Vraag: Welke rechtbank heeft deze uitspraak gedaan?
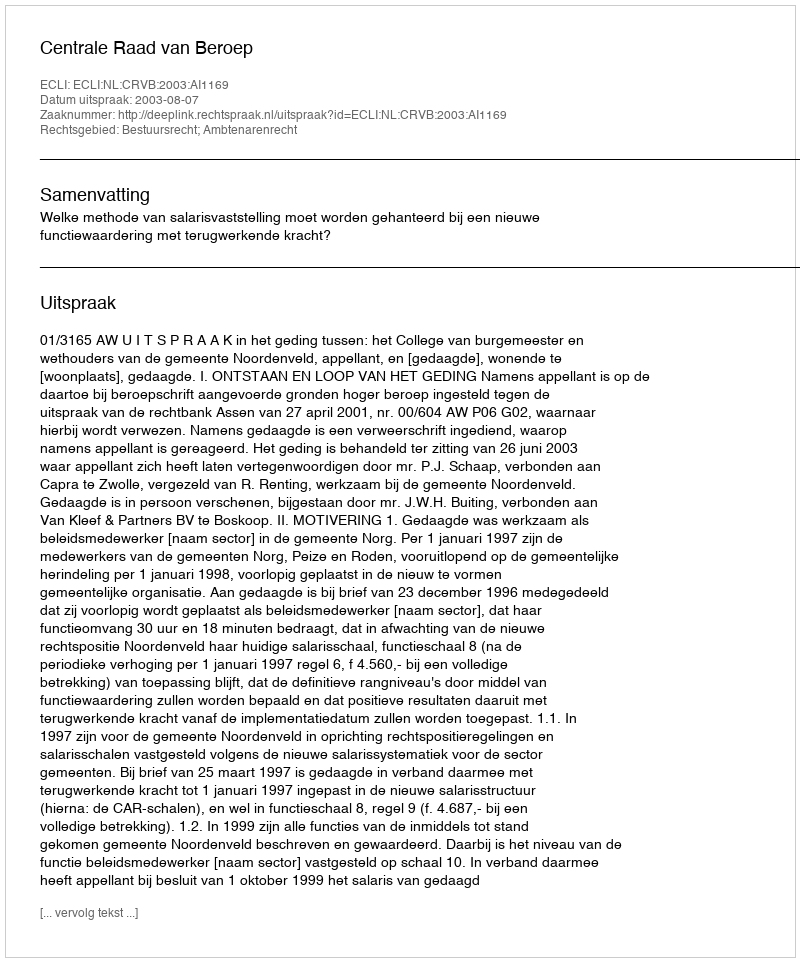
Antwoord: Centrale Raad van Beroep